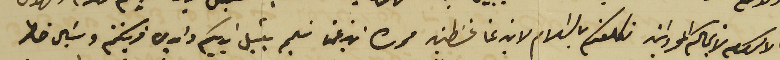
الاكرام لانجالكم المحروسَين نكلفكم بالسَلام لابن عمنا غسَطين وابن عمنا سَليم يقبل ايديكم وايدي قرينتكم ويسَال خاطر